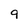
Character: g